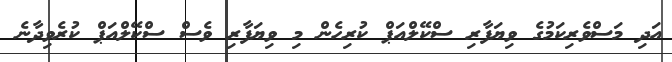
އަދި މަސްވެރިކަމުގެ ވިޔަފާރި ސްކޭލްއަޕް ކުރިހެން މި ވިޔަފާރި ވެސް ސްކޭލްއަޕް ކުރެވިދާނެ